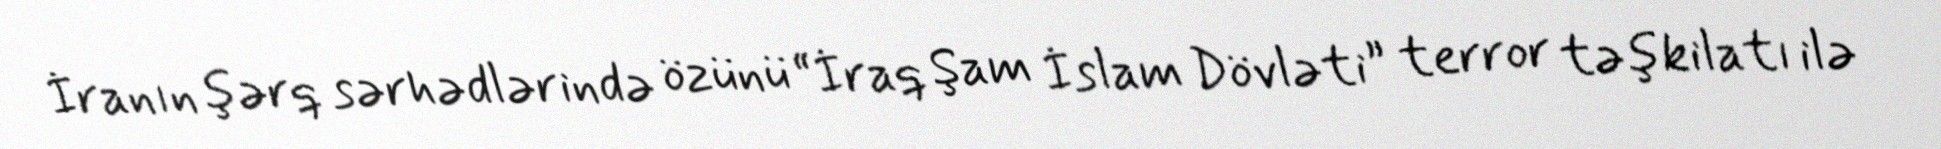
İranın şərq sərhədlərində özünü “İraq Şam İslam Dövləti” terror təşkilatı ilə